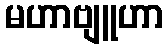
မဟာဗျူဟာ